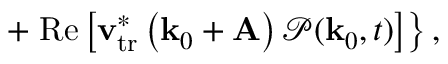
+ \left. \mathrm { R e } \left[ \mathbf { v } _ { \mathrm { t r } } ^ { \ast } \left( \mathbf { k } _ { 0 } + \mathbf { A } \right) \mathcal { P } ( \mathbf { k } _ { 0 } , t ) \right] \right\} ,